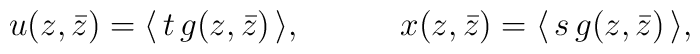
u(z,\bar z)=\langle \,t\,g(z,\bar z)\,\rangle,~~~~~~~~~x(z,\bar z)=\langle \,s\,g(z,\bar z)\,\rangle,